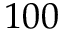
1 0 0